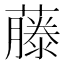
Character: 藤